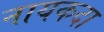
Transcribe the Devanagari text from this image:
नायकदा